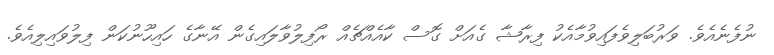
ނުފެނެއެވެ. ވަރުބަލިވެފައިވުމާއެކު ފިރާޝާ ގެއަށް ގޮސް ކާއެއްޗެއް ރޯފިލުވާލައިގެން އޭނާގެ ހައިހޫނުކަން ފިލުވައިލިއެވެ.